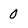
Character: o